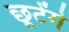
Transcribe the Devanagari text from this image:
छूटेंगे